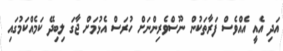
އަދި އެއީ އެއްވެސް ފަރާތަކުން ނޫސްވެރިންނަށް ހުރަސް އެޅުމަށް ޖާގަ ލިބިދޭ ކަމެއްކަމުގައި